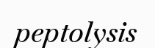
peptolysis